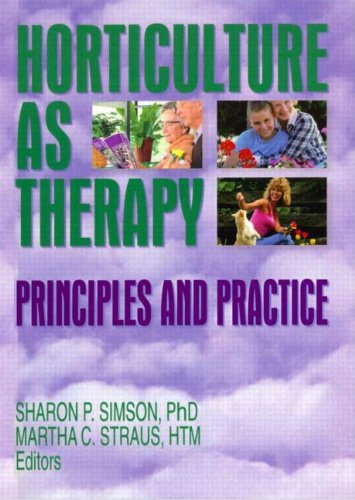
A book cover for Horticulture as Therapy: Principles and Practice; Sharon Simson; Crafts, Hobbies & Home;